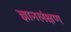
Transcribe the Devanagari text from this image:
ज्ञानलंक्षण